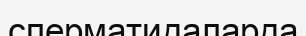
сперматидаларда